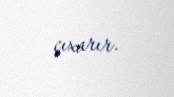
çıxarır.